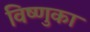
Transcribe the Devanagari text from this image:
विष्णुका